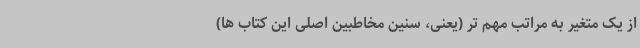
از یک متغیر به مراتب مهم تر (یعنی، سنین مخاطبین اصلی این کتاب ها)